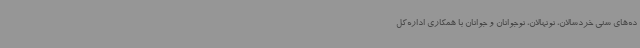
ده‌های سنی خردسالان، نونهالان، نوجوانان و جوانان با همکاری اداره‌کل